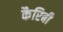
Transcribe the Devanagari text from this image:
कैरिबी